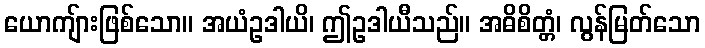
ယောကျ်ားဖြစ်သော။ အယံဥဒါယိ၊ ဤဥဒါယီသည်။ အဓိစိတ္တံ၊ လွန်မြတ်သော